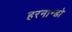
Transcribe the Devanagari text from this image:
हरनान्डो